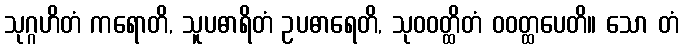
သုဂ္ဂဟိတံ ကရောတိ, သူပဓာရိတံ ဥပဓာရေတိ, သုဝဝတ္ထိတံ ဝဝတ္ထပေတိ။ သော တံ